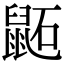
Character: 鼫